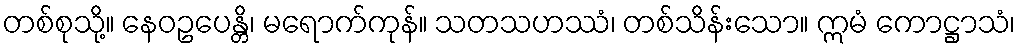
တစ်စုသို့။ နေဝဥပေန္တိ၊ မရောက်ကုန်။ သတသဟဿံ၊ တစ်သိန်းသော။ ဣမံ ကောဋ္ဌာသံ၊